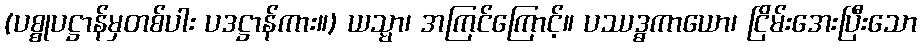
(ပစ္စုပဋ္ဌာန်မှတစ်ပါး ပဒဋ္ဌာန်ကား။) ယသ္မာ၊ အကြင်ကြောင့်။ ပဿဒ္ဓကာယော၊ ငြိမ်းအေးပြီးသော